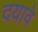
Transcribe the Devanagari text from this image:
दयावे